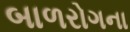
બાળરોગના